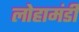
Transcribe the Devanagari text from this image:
लोहामंडी